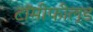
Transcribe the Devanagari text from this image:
टॉमीफील्ड